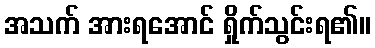
အသက် အားရအောင် ရှိုက်သွင်းရ၏။